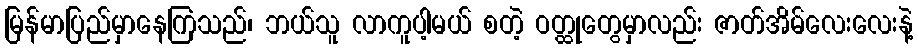
မြန်မာပြည်မှာနေကြသည်၊ ဘယ်သူ လာကူပါ့မယ် စတဲ့ ဝတ္ထုတွေမှာလည်း ဇာတ်အိမ်လေးလေးနဲ့